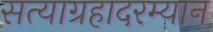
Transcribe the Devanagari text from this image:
सत्याग्रहादरम्यान